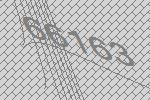
66163